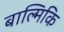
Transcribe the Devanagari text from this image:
बाल्मिकि